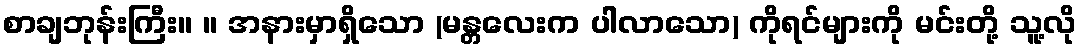
စာချဘုန်းကြီး။ ။ အနားမှာရှိသော (မန္တလေးက ပါလာသော) ကိုရင်များကို မင်းတို့ သူ့လို